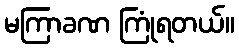
မကြာခဏ ကြုံရတယ်။